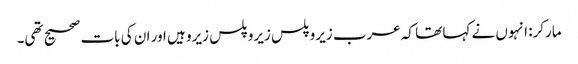
مارکر: انہوں نے کہا تھا کہ عرب زیرو پلس زیرو پلس زیرو ہیں اور ان کی بات صحیح تھی۔